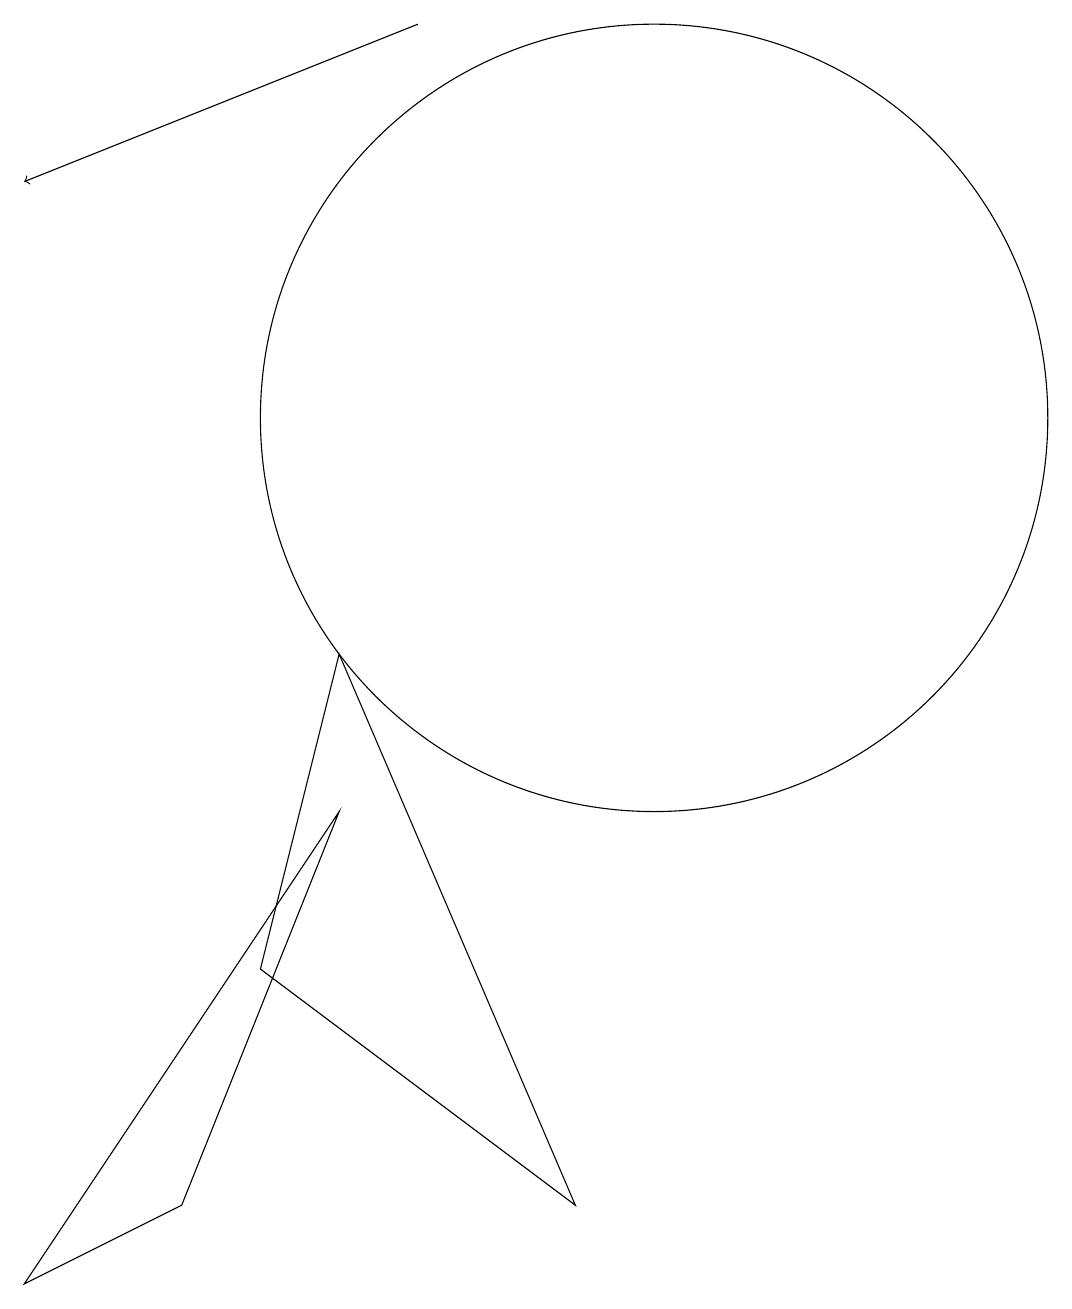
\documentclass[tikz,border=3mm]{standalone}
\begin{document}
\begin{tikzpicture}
\draw (9,1) -- (6,8) -- (5,4) -- cycle;
\draw (6,6) -- (4,1) -- (2,0) -- cycle;
\draw (12,11) circle (0);
\draw (10,11) circle (5);
\draw[->] (7,16) -- (2,14);
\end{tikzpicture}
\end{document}